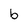
Character: b